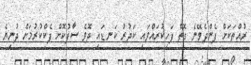
ރުއްތަކަށް ފެންދެވޭނެ ގޮތް ފަހިކުރައްވައި ކަދުރު ކަނޑައި ދޮވެ ސާފުކޮށް ޕެކްކުރުމަށް ދުނިޔެ